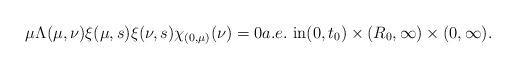
LaTeX: \begin{align*}\mu\Lambda(\mu,\nu)\xi(\mu,s)\xi(\nu,s)\chi_{(0,\mu)}(\nu)=0a.e.~\mbox{in}(0, t_{0})\times(R_{0}, \infty)\times(0, \infty).\end{align*}%\end{align*}